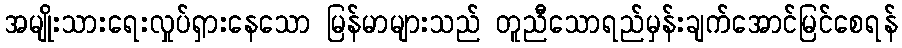
အမျိုးသားရေးလှုပ်ရှားနေသော မြန်မာများသည် တူညီသောရည်မှန်းချက်အောင်မြင်စေရန်